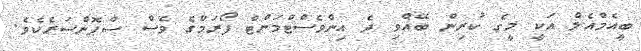
ބީއެމްއެލް އަކީ މީގެ ކުރިން ބޭއްވި ދެ އިންވެސްޓްމަންޓް ފޯރަމްގެ ވެސް ސްޕޮންސަރެކެވެ.